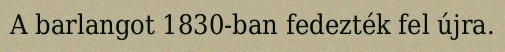
A barlangot 1830-ban fedezték fel újra.